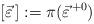
LaTeX: \begin{align*} [\vec{\varepsilon}\,] := \pi (\vec{\varepsilon}^{\, +0})\end{align*}